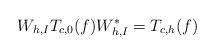
LaTeX: \begin{align*}W_{h,I} T_{c,0}(f) W_{h,I}^* = T_{c,h}(f)\end{align*}